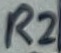
Text: R2